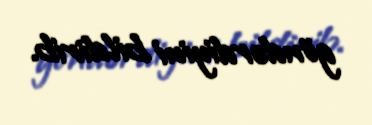
göndərdiyini bildirib.